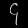
Digit: ၄